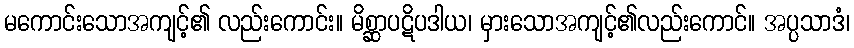
မကောင်းသောအကျင့်၏ လည်းကောင်း။ မိစ္ဆာပဋိပဒါယ၊ မှားသောအကျင့်၏လည်းကောင်။ အပ္ပသာဒံ၊